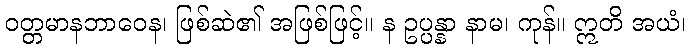
ဝတ္တမာနဘာဝေန၊ ဖြစ်ဆဲ၏ အဖြစ်ဖြင့်။ န ဥပ္ပန္နာ နာမ၊ ကုန်။ ဣတိ အယံ၊